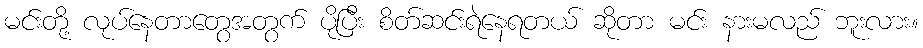
မင်းတို့ လုပ်နေတာတွေအတွက် ပိုပြီး စိတ်ဆင်းရဲနေရတယ် ဆိုတာ မင်း နားမလည် ဘူးလား။